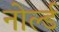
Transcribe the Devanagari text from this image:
नोर्ल्ड